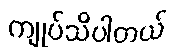
ကျုပ်သိပါတယ်